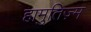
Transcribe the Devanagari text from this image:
हामुतिज़्म